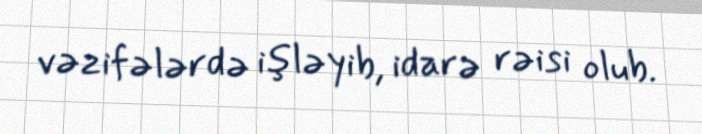
vəzifələrdə işləyib, idarə rəisi olub.